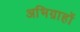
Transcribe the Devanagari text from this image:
अभिग्राहों